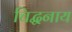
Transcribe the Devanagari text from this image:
चिद्घनाय